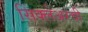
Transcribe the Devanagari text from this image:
सिंक्लेअरची